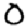
Digit: 0